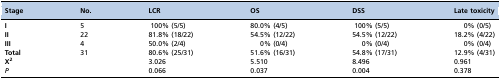
| Stage | No. | LCR | OS | DSS | Late toxicity |
 | --- | --- | --- | --- | --- | --- |
 | I | 5 | 100% (5/5) | 80.0% (4/5) | 100% (5/5) | 0% (0/5) |
 | II | 22 | 81.8% (18/22) | 54.5% (12/22) | 54.5% (12/22) | 18.2% (4/22) |
 | III | 4 | 50.0% (2/4) | 0% (0/4) | 0% (0/4) | 0% (0/4) |
 | Total | 31 | 80.6% (25/31) | 51.6% (16/31) | 54.8% (17/31) | 12.9% (4/31) |
 | X2 |  | 3.026 | 5.510 | 8.496 | 0.961 |
 | P |  | 0.066 | 0.037 | 0.004 | 0.378 |